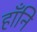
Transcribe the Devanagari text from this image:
हाँनि